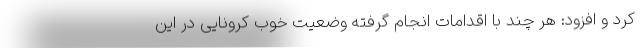
کرد و افزود: هر چند با اقدامات انجام گرفته وضعیت خوب کرونایی در این